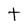
Character: t